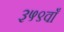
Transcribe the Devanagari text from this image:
३५९वाँ